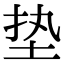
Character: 垫